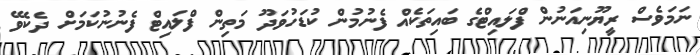
ނަމަވެސް ރީޔޫނިއަނުން ފްލައިޓްގެ ބައިތަކެއް ފެނުމުން ކުޑަހުވަދޫ މަތިން ފްލައިޓް ފެނުނުކަމަށް ދެކެވޭ